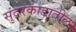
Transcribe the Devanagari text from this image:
सुंदरकांडातील